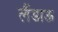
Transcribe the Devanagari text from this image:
लैंडाऊ